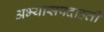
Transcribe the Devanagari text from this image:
अभ्यासपदाहती